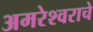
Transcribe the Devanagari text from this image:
अमरेश्वराचे